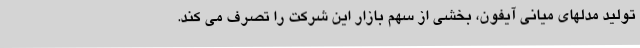
تولید مدلهای میانی آیفون، بخشی از سهم بازار این شرکت را تصرف می کند.